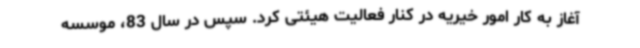
آغاز به کار امور خیریه در کنار فعالیت هیئتی کرد. سپس در سال 83، موسسه